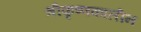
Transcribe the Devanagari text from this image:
श्रीकृष्णकालीन